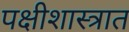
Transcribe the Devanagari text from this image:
पक्षीशास्त्रात